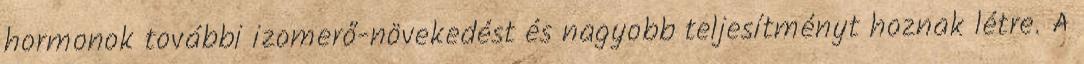
hormonok további izomerő-növekedést és nagyobb teljesítményt hoznak létre. A